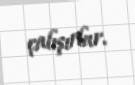
çalışırlar.